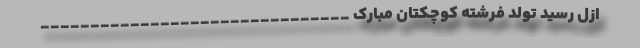
ازل رسید تولد فرشته کوچکتان مبارک _______________________________